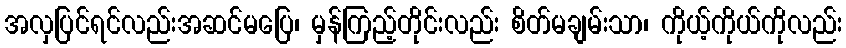
အလှပြင်ရင်လည်းအဆင်မပြေ၊ မှန်ကြည့်တိုင်းလည်း စိတ်မချမ်းသာ၊ ကိုယ့်ကိုယ်ကိုလည်း